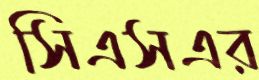
সিএসএর